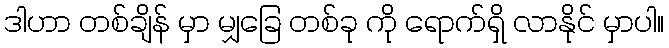
ဒါဟာ တစ်ချိန် မှာ မျှခြေ တစ်ခု ကို ရောက်ရှိ လာနိုင် မှာပါ။